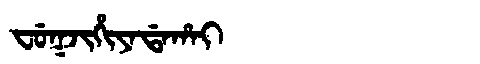
Manchu: ᠸᡠᡴᠵᡳᡥᡳᠶᠠᡩᠠᡥᠠᡳ
Romanization: FUKJIHIYADAHAI